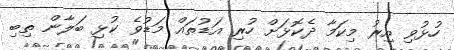
ހުޅުވި އިރު މިކަމާ ދެކޮޅަށް ހުރި އަޑުތައް މަޑުވެ ކުޅި ބަލާން ތިބި